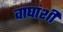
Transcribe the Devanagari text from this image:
वाघांशी